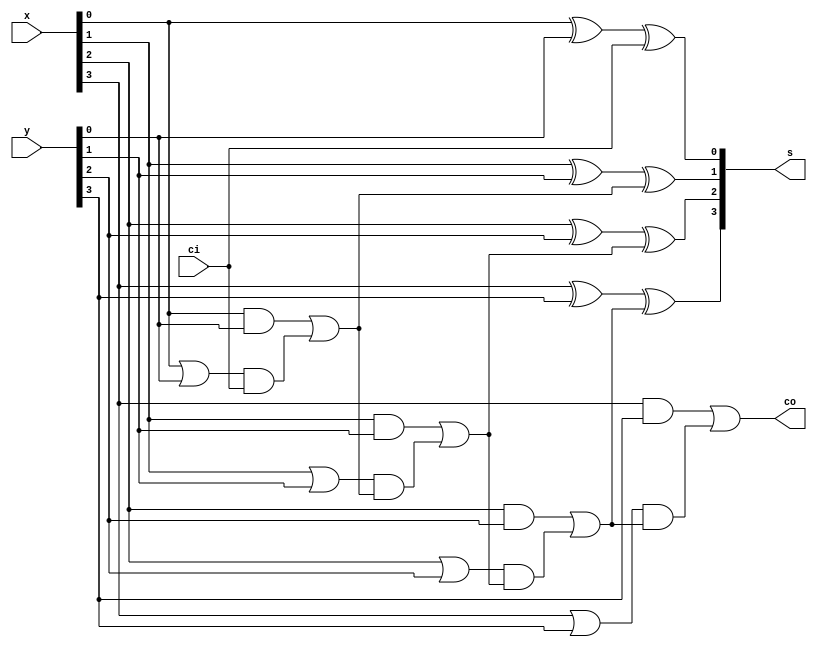
module CLA_4bits(s,co,x,y,ci);
	input [3:0] x;
	input [3:0] y;
	input ci;
	output co;
	output [3:0] s;
	
	wire [3:0] p,g;
	//wire [3:0] temp;
	wire c1,c2,c3;
	//stage0
	and and_0(g[0],x[0],y[0]);
	or or_0(p[0],x[0],y[0]);
	xor xor_0(a,x[0],y[0]);
	xor xor_1(s[0],a,ci);
	//stage1
	and and_4(v,p[0],ci);
	or or_4(c1,g[0],v);//tinh c1
	xor xor_2(b,x[1],y[1]);
	xor xor_3(s[1],b,c1);//tinh s1
	and and_1(g[1],x[1],y[1]);
	or or_1(p[1],x[1],y[1]);	
	//stage2
	and and_5(u,p[1],c1);
	or or_5(c2,g[1],u);//tinh c2
	xor xor_4(c,x[2],y[2]);
	xor xor_5(s[2],c,c2);//tinh s2
	and and_2(g[2],x[2],y[2]);
	or or_2(p[2],x[2],y[2]);
	//stage3
	and and_6(z,p[2],c2);
	or or_6(c3,g[2],z);//tinh c3
	xor xor_6(d,x[3],y[3]);
	xor xor_7(s[3],d,c3);
	and and_3(g[3],x[3],y[3]);
	or or_3(p[3],x[3],y[3]);
	
	//tinh cout
	and and_7(t,p[3],c3);
	or or_7(co,g[3],t);

	
	
endmodule